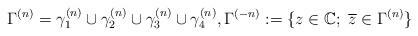
LaTeX: \begin{align*}\Gamma^{(n)}=\gamma_{1}^{(n)}\cup \gamma_{2}^{(n)}\cup \gamma_{3}^{(n)}\cup \gamma_{4}^{(n)},\Gamma^{(-n)}:=\{z\in \mathbb{C};\ \overline{z}\in \Gamma^{(n)}\}\end{align*}